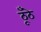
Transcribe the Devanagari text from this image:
ठूँठे